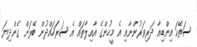
ސަތޭކަ އިންޑިއާ ދަރިވަރުންނާއި އެ މީހުންގެ އާއިލާތައް އެ ސަރަހައްދުން ބޭރަށް ގެންދިޔަ